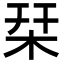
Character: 栞